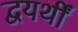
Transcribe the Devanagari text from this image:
द्वयर्थीं